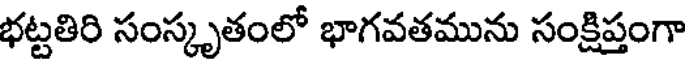
భట్టతిరి సంస్కృతంలో భాగవతమును సంక్షిప్తంగా